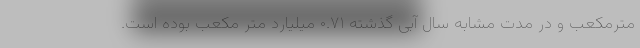
مترمکعب و در مدت مشابه سال آبی گذشته ۰.۷۱ میلیارد متر مکعب بوده است.